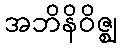
အဘိနိဝိဇ္ဈ